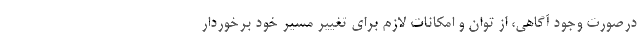
درصورت وجود آگاهی، از توان و امکانات لازم برای تغییر مسیر خود برخوردار